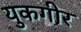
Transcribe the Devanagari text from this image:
युकगीर